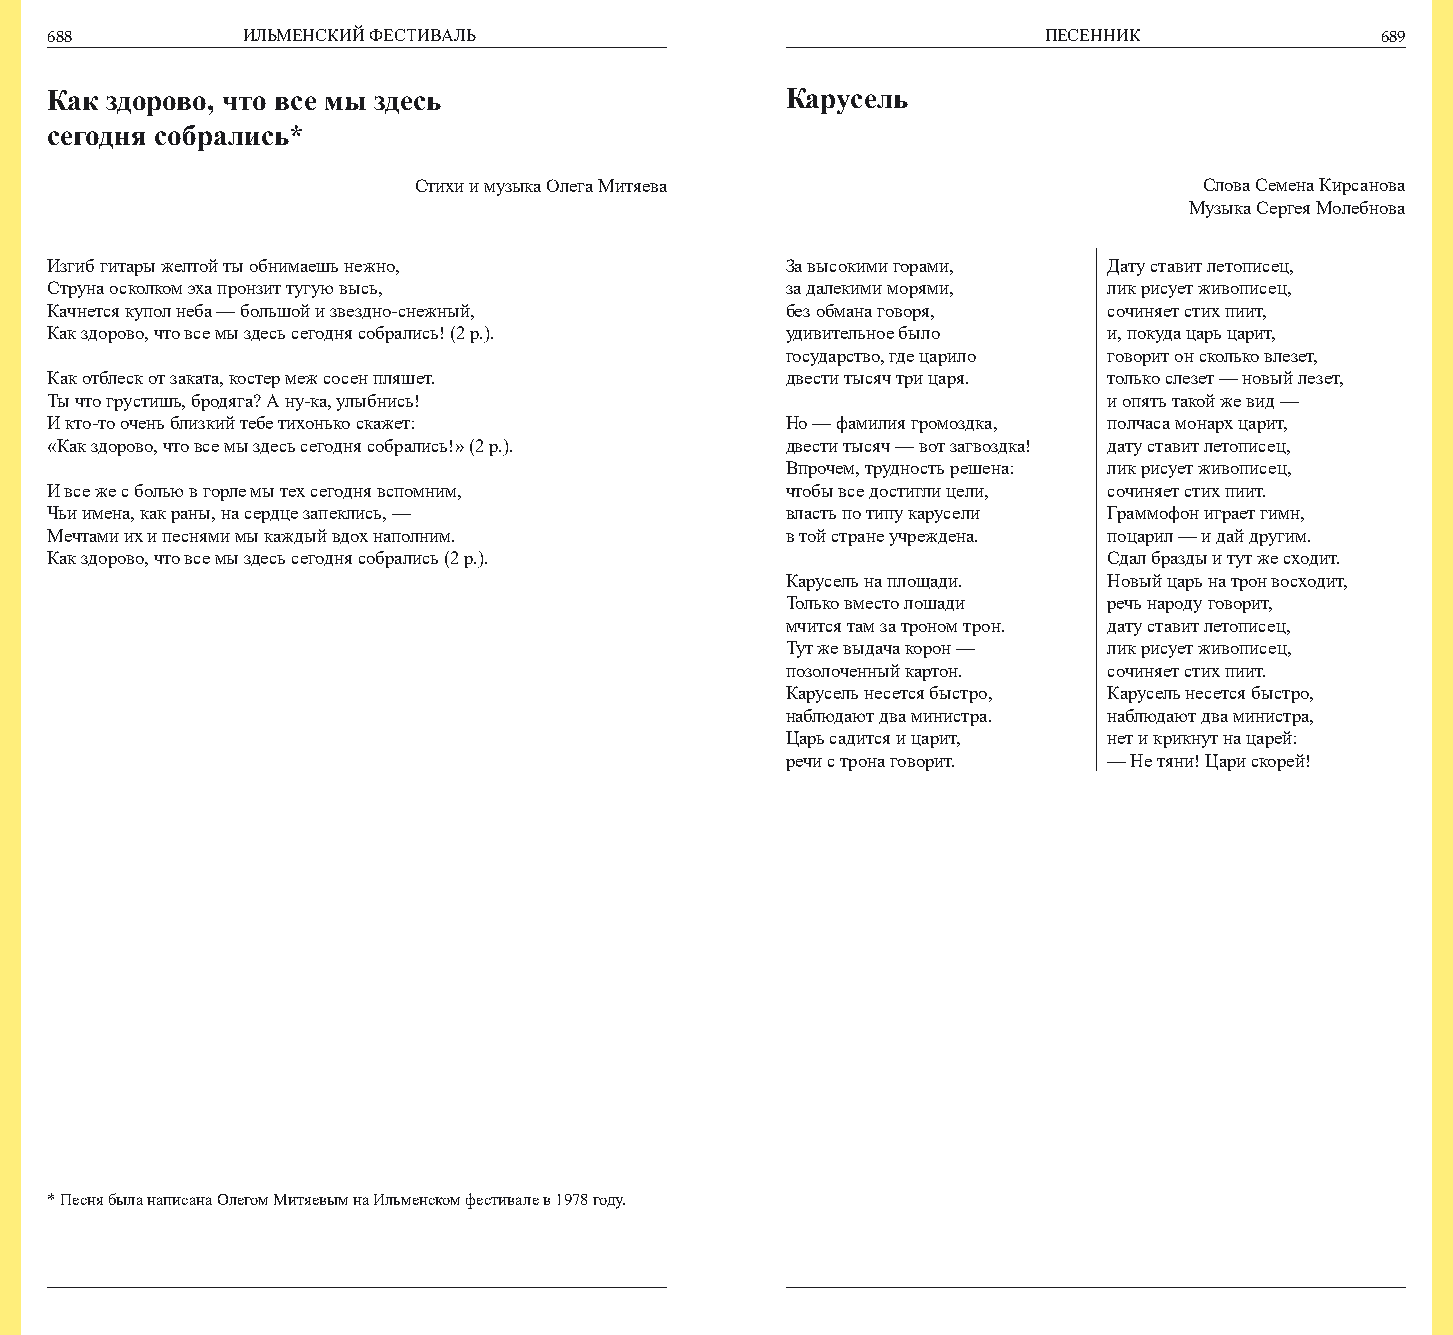
688          ИЛЬМЕНСКИЙ ФЕСТИВАЛЬ                                 ПЕСЕННИК              689
 Как здорово, что все мы здесь                    Карусель
 сегодня собрались*
 Стихи и музыка Олега Митяева                         Слова Семена Кирсанова
 Музыка Сергея Молебнова
 Изгиб гитары желтой ты обнимаешь нежно,          За высокими горами,  Дату ставит летописец,
 Струна осколком эха пронзит тугую высь,          за далекими морями,  лик рисует живописец,
 Качнется купол неба — большой и звездно-снежный, без обмана говоря,   сочиняет стих пиит,
 Как здорово, что все мы здесь сегодня собрались! (2 р.). удивительное было и, покуда царь царит,
 государство, где царило говорит он сколько влезет,
 Как отблеск от заката, костер меж сосен пляшет.  двести тысяч три царя. только слезет — новый лезет,
 Ты что грустишь, бродяга? А ну-ка, улыбнись!                          и опять такой же вид —
 И кто-то очень близкий тебе тихонько скажет:     Но — фамилия громоздка, полчаса монарх царит,
 «Как здорово, что все мы здесь сегодня собрались!» (2 р.). двести тысяч — вот загвоздка! дату ставит летописец,
 Впрочем, трудность решена: лик рисует живописец,
 И все же с болью в горле мы тех сегодня вспомним, чтобы все достигли цели, сочиняет стих пиит.
 Чьи имена, как раны, на сердце запеклись, —      власть по типу карусели Граммофон играет гимн,
 Мечтами их и песнями мы каждый вдох наполним.    в той стране учреждена. поцарил — и дай другим.
 Как здорово, что все мы здесь сегодня собрались (2 р.).               Сдал бразды и тут же сходит.
 Карусель на площади. Новый царь на трон восходит,
 Только вместо лошади речь народу говорит,
 мчится там за троном трон. дату ставит летописец,
 Тут же выдача корон — лик рисует живописец,
 позолоченный картон. сочиняет стих пиит.
 Карусель несется быстро, Карусель несется быстро,
 наблюдают два министра. наблюдают два министра,
 Царь садится и царит, нет и крикнут на царей:
 речи с трона говорит. — Не тяни! Цари скорей!
 * Песня была написана Олегом Митяевым на Ильменском фестивале в 1978 году.